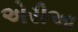
એરીઆ